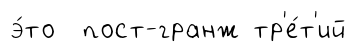
э́то пост-гранж тр'е́т'ий